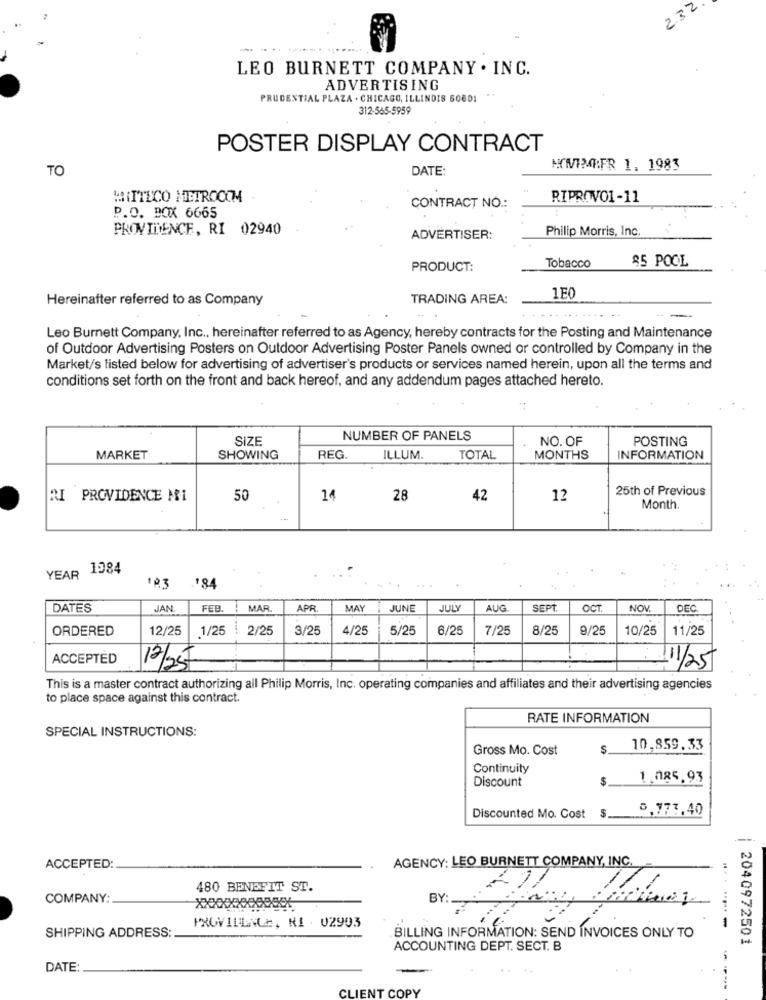
232
LEO BURNETT COMPANY . INC.
ADVERTISING
PRUDENTIAL PLAZA . CHICAGO, ILLINOIS 60801
312-565-5959
POSTER DISPLAY CONTRACT
TO
DATE:
MYMINDFR 1. 1983
MITTECO HETROCOM
RIPROVO1-11
CONTRACT NO .:
P.O. BOX 6665
PROVIDENCE, RI 02940
Philip Morris, Inc.
ADVERTISER:
85 POOL
PRODUCT:
Tobacco
Hereinafter referred to as Company
TRADING AREA:
1E0
Leo Burnett Company, Inc ., hereinafter referred to as Agency, hereby contracts for the Posting and Maintenance
of Outdoor Advertising Posters on Outdoor Advertising Poster Panels owned or controlled by Company in the
Market/s listed below for advertising of advertiser's products or services named herein, upon all the terms and
conditions set forth on the front and back hereof, and any addendum pages attached hereto.
SIZE
NUMBER OF PANELS
NO. OF
POSTING
MARKET
SHOWING
REG.
ILLUM.
TOTAL
MONTHS
INFORMATION
25th of Previous
RI PROVIDENCE MI
50
14
28
42
12
Month.
YEAR 1984
184
DATES
JAN
FEB
MAR
APR
MAY
JUNE
JULY
AUG
SEPT
OCT
NOV.
DEC
ORDERED
12/25
1/25
2/25
3/25
4/25
5/25
6/25
7/25
8/25
9/25
10/25
11/25
ACCEPTED
12/25
11/25
This is a master contract authorizing all Philip Morris, Inc. operating companies and affiliates and their advertising agencies
to place space against this contract.
RATE INFORMATION
SPECIAL INSTRUCTIONS:
Gross Mo. Cost
10,859.33
Continuity
Discount
S.
1.085.93
8,777,40
Discounted Mo. Cost
ACCEPTED:
AGENCY: LEO BURNETT COMPANY, INC.
480 BENEFIT ST.
COMPANY:
BY:
PROVIDEALE, NI . 02903
SHIPPING ADDRESS:
BILLING INFORMATION: SEND INVOICES ONLY TO
| 2040972501
ACCOUNTING DEPT. SECT. B
DATE
CLIENT COPY